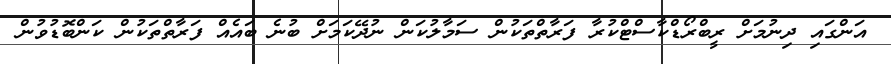
އަންގައި ދިނުމަށް ރީބްރޯޑްކާސްޓްކުރާ ފަރާތްތަކުން ސަމާލުކަން ނުދޭކަމަށް ބުނެ ބައެއް ފަރާތްތަކުން ކަންބޮޑުވުން